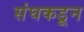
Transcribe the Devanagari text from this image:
संघकडून